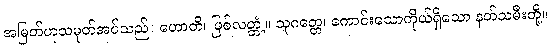
အမြတ်ဟုသမုတ်အပ်သည်။ ဟောတိ၊ ဖြစ်လတ္တံ့။ သုဂတ္တေ၊ ကောင်းသောကိုယ်ရှိသော နတ်သမီးတို့။